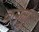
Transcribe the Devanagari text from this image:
वसेलुं